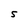
Character: S